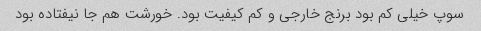
سوپ خیلی کم بود برنج خارجی و کم کیفیت بود. خورشت هم جا نیفتاده بود